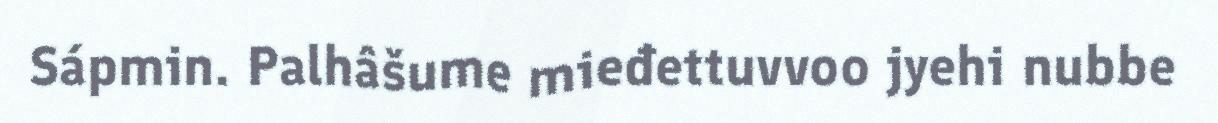
Sápmin. Palhâšume mieđettuvvoo jyehi nubbe